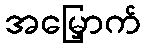
အမြှောက်